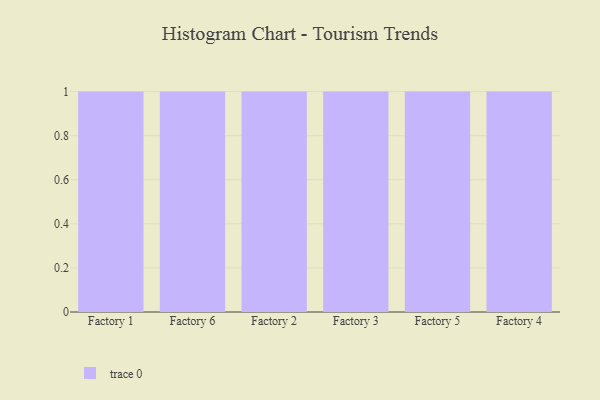
{"axis": {"x": "Factory", "y": "Revenue (USD Million)"}, "legend": [""], "data": [{"x": "Factory 1", "y": 27, "type": ""}, {"x": "Factory 6", "y": 6, "type": ""}, {"x": "Factory 2", "y": 69, "type": ""}, {"x": "Factory 3", "y": 6, "type": ""}, {"x": "Factory 5", "y": 61, "type": ""}, {"x": "Factory 4", "y": 80, "type": ""}]}